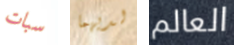
سبات لديهما العالم